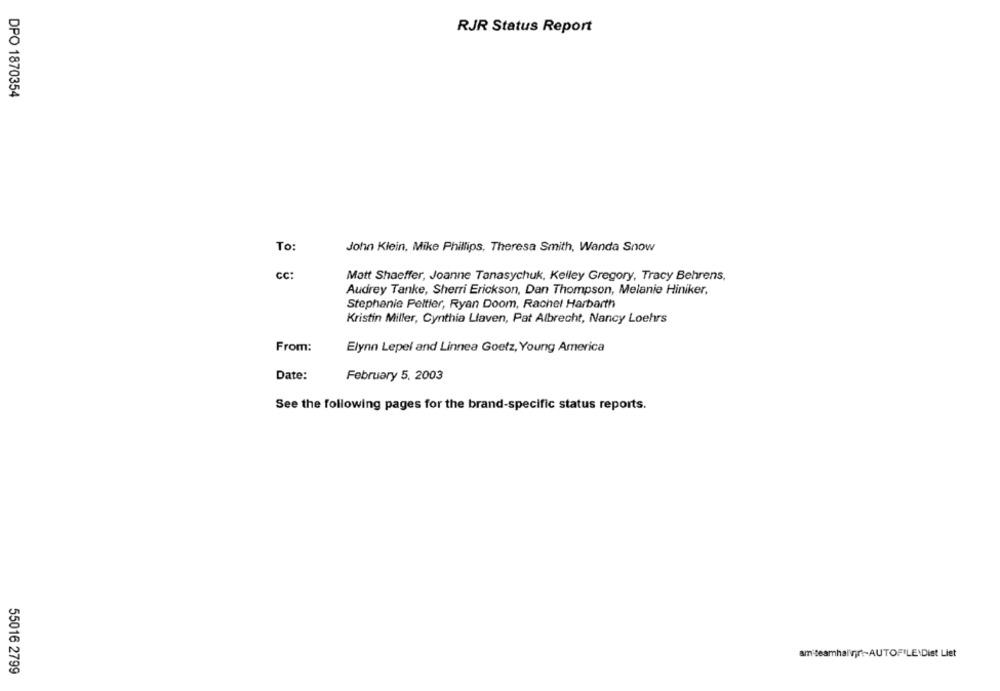
RJR Status Report
DPO 1870354
To
John Klein, Mike Phillips, Theresa Smith, Wanda Snow
CC
Matt Shaeffer, Joanne Tanasychuk, Kelley Gregory, Tracy Behrens,
Audrey Tanke, Sherri Erickson, Dan Thompson, Melanie Hiniker,
Stephanie Peltier, Ryan Doom, Rachel Harbarth
Kristin Miller, Cynthia Llaven, Pat Albrecht, Nancy Loehrs
From:
Elynn Lepel and Linnea Goetz, Young America
Date:
February 5, 2003
See the following pages for the brand-specific status reports.
am teamhalvjr :- AUTOFILE\Dist Liet
55016 2799